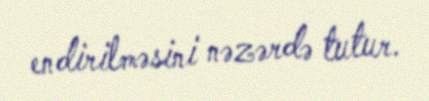
endirilməsini nəzərdə tutur.